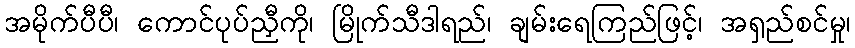
အမိုက်ပီပီ၊ ကောင်ပုပ်ညှီကို၊ မြိုက်သီဒါရည်၊ ချမ်းရေကြည်ဖြင့်၊ အရှည်စင်မှု၊